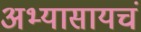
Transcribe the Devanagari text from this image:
अभ्यासायचं